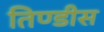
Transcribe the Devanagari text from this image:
तिण्डीस